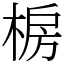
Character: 椖